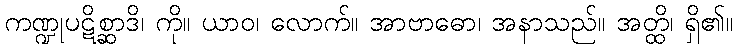
ကဏ္ဍုပဋိစ္ဆာဒိ၊ ကို။ ယာဝ၊ လောက်။ အာဗာဓော၊ အနာသည်။ အတ္ထိ၊ ရှိ၏။